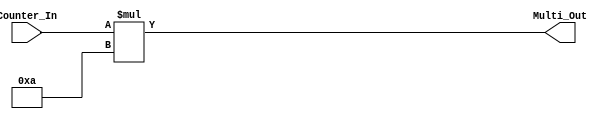
`timescale 1ns / 1ps
//////////////////////////////////////////////////////////////////////////////////
// Company: 
// Engineer: 
// 
// Design Name: 
// Module Name: Multiply10
// Project Name: 
// Target Devices: 
// Tool Versions: 
// Description: 
// 
// Dependencies: 
// 
// Revision:
// Revision 0.01 - File Created
// Additional Comments:
// 
//////////////////////////////////////////////////////////////////////////////////


module Multiply10(
    input [3:0] Counter_In,
    output [5:0] Multi_Out
    );
    reg [6:0] out;  //need extra bit for any possible carryover
    
    always@(Counter_In)
        out = Counter_In * 4'b1010;
    
    assign Multi_Out = out[5:0];
    
endmodule